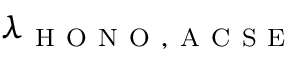
\lambda _ { \mathrm { ~ H ~ O ~ N ~ O ~ , ~ A ~ C ~ S ~ E ~ } }